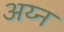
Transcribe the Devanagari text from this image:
अय्न